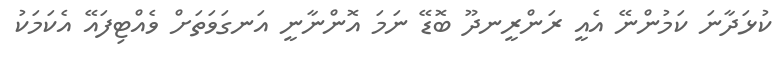
ކުޅަދާނަ ކަމުންނޭ އެއީ ރަންރީނދޫ ބޮޑޭ ނަމަ އޮންނާނީ އަނގަވަތަށް ވެއްޓިފައޭ އެކަމަކު